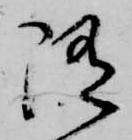
隨